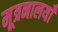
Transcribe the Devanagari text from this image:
मूत्रनालयाँ